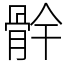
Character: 䯎